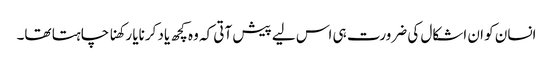
انسان کو ان اشکال کی ضرورت ہی اس لیے پیش آتی کہ وہ کچھ یاد کرنایا رکھنا چاہتا تھا۔